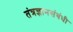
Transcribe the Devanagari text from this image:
तंत्रज्ञानसंबंधी